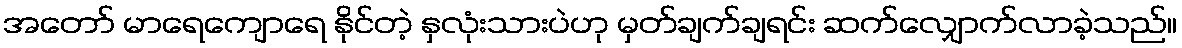
အတော် မာရေကျောရေ နိုင်တဲ့ နှလုံးသားပဲဟု မှတ်ချက်ချရင်း ဆက်လျှောက်လာခဲ့သည်။